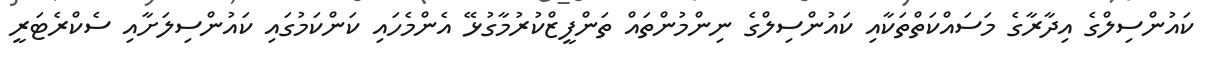
ކައުންސިލްގެ އިދާރާގެ މަސައްކަތްތަކާއި ކައުންސިލްގެ ނިންމުންތައް ތަންފީޒްކުރުމާގުޅޭ އެންމެހައި ކަންކަމުގައި ކައުންސިލަށާއި ސެކްރެޓަރީ